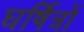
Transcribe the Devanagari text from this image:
घर्षित्रों